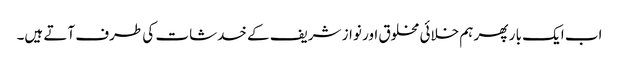
اب ایک با ر پھر ہم خلائی مخلوق اور نواز شریف کے خدشات کی طرف آتے ہیں۔